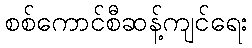
စစ်ကောင်စီဆန့်ကျင်ရေး